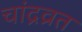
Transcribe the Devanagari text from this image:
चांद्रव्रत